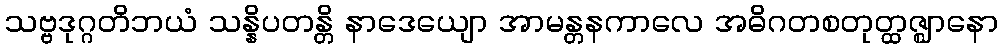
သဗ္ဗဒုဂ္ဂတိဘယံ သန္နိပတန္တိ နာဒေယျော အာမန္တနကာလေ အဓိဂတစတုတ္ထဇ္ဈာနော